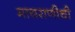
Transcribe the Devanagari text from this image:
मायराणीची